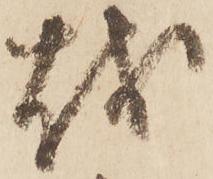
越